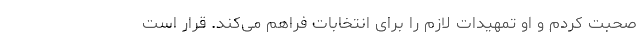
صحبت کردم و او تمهیدات لازم را برای انتخابات فراهم می‌کند. قرار است